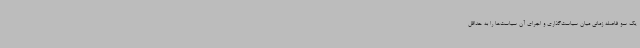
یک‌ سو فاصله زمانی میان سیاست‌گذاری و اجرای آن سیاست‌ها را به حداقل